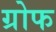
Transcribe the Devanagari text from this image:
ग्रोफ